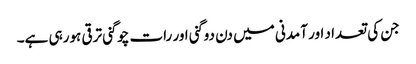
جن کی تعداد اور آمدنی میں دن دوگنی اور رات چوگنی ترقی ہورہی ہے۔